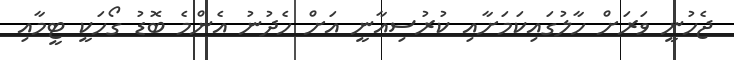
ޖެހުނީ ވަރަށް ހާލުގައިކަމަށާއި ކުރުސިއާނީ އަށް ހެދުނު އެންމެ ބޮޑު ގޯހަކީ ޓީމާއި